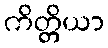
ကိတ္တိယာ